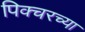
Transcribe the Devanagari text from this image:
पिक्चरच्या